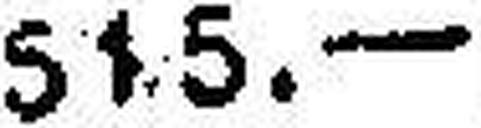
515.—